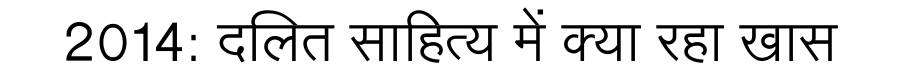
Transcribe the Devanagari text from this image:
2014: दलित साहित्य में क्या रहा खास